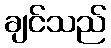
ချင်သည်